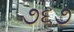
૭૬૭